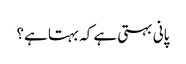
پانی بہتی ہے کہ بہتا ہے؟